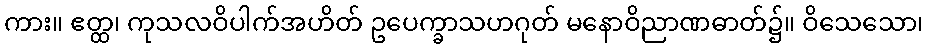
ကား။ ဧတ္ထ၊ ကုသလဝိပါက်အဟိတ် ဥပေက္ခာသဟဂုတ် မနောဝိညာဏဓာတ်၌။ ဝိသေသော၊